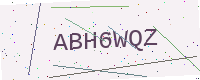
Text: ABH6WQZ